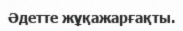
Әдетте жұқажарғақты.